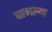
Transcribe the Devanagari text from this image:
वागल्या